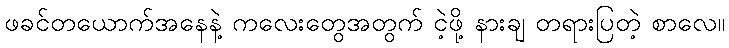
ဖခင်တယောက်အနေနဲ့ ကလေးတွေအတွက် ငဲ့ဖို့ နားချ တရားပြတဲ့ စာလေ။